Report on the lunatic asylums under the Government of Bombay - 1904-1913
Year: 1904
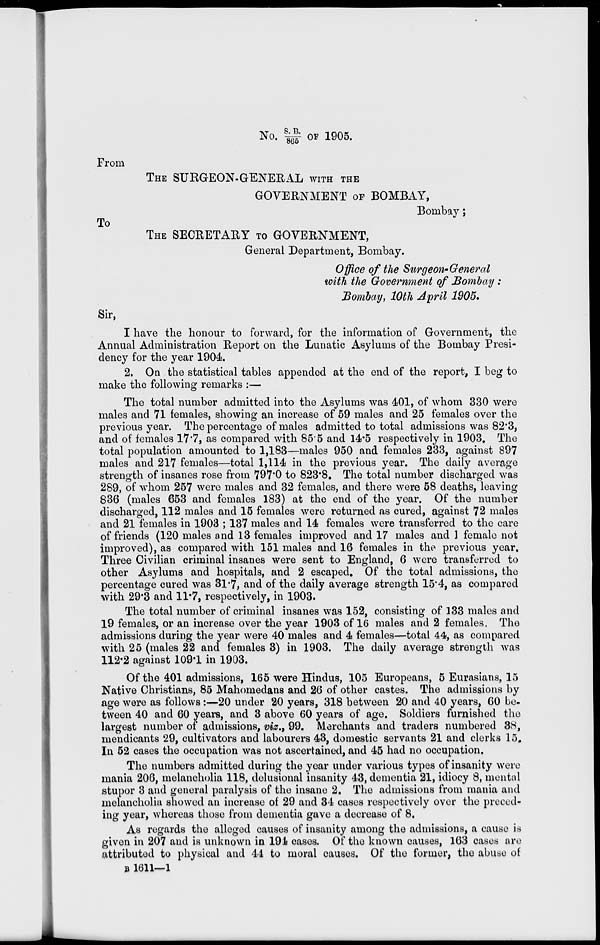
No. S.B./865 OF 1905.
From
THE SURGEON-GENERAL WITH THE
GOVERNMENT OF BOMBAY,
Bombay;
To
THE SECRETARY TO GOVERNMENT,
General Department, Bombay.
Office of the Surgeon-General
with the Government of Bombay :
Bombay, 10th April 1905.
Sir,
I have the honour to forward, for the information of Government, the
Annual Administration Report on the Lunatic Asylums of the Bombay Presi-
dency for the year 1904.
2. On the statistical tables appended at the end of the report, I beg to
make the following remarks :—
The total number admitted into the Asylums was 401, of whom 330 were
males and 71 females, showing an increase of 59 males and 25 females over the
previous year. The percentage of males admitted to total admissions was 82.3,
and of females 17.7, as compared with 85.5 and 14.5 respectively in 1903. The
total population amounted to 1,183—males 950 and females 233, against 897
males and 217 females—total 1,114 in the previous year. The daily average
strength of insanes rose from 797.0 to 823.8. The total number discharged was
289, of whom 257 were males and 32 females, and there were 58 deaths, leaving
836 (males 653 and females 183) at the end of the year. Of the number
discharged, 112 males and 15 females were returned as cured, against 72 males
and 21 females in 1903; 137 males and 14 females were transferred to the care
of friends (120 males and 13 females improved and 17 males and 1 female not
improved), as compared with 151 males and 16 females in the previous year.
Three Civilian criminal insanes were sent to England, 6 were transferred to
other Asylums and hospitals, and 2 escaped. Of the total admissions, the
percentage cured was 31.7, and of the daily average strength 15.4, as compared
with 29.3 and 11.7, respectively, in 1903.
The total number of criminal insanes was 152, consisting of 133 males and
19 females, or an increase over the year 1903 of 16 males and 2 females. The
admissions during the year were 40 males and 4 females—total 44, as compared
with 25 (males 22 and females 3) in 1903. The daily average strength was
112.2 against 109.1 in 1903.
Of the 401 admissions, 165 were Hindus, 105 Europeans, 5 Eurasians, 15
Native Christians, 85 Mahomedans and 26 of other castes. The admissions by
age were as follows:—20 under 20 years, 318 between 20 and 40 years, 60 be-
tween 40 and 60 years, and 3 above 60 years of age. Soldiers furnished the
largest number of admissions, viz., 99. Merchants and traders numbered 38,
mendicants 29, cultivators and labourers 43, domestic servants 21 and clerks 15.
In 52 cases the occupation was not ascertained, and 45 had no occupation.
The numbers admitted during the year under various types of insanity were
mania 206, melancholia 118, delusional insanity 43, dementia 21, idiocy 8, mental
stupor 3 and general paralysis of the insane 2. The admissions from mania and
melancholia showed an increase of 29 and 34 cases respectively over the preced-
ing year, whereas those from dementia gave a decrease of 8.
As regards the alleged causes of insanity among the admissions, a cause is
given in 207 and is unknown in 194 cases. Of the known causes, 163 cases are
attributed to physical and 44 to moral causes. Of the former, the abuse of
B 1611—1